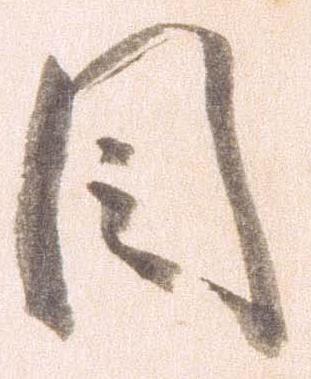
目